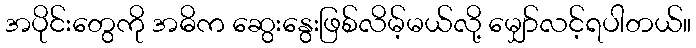
အပိုင်းတွေကို အဓိက ဆွေးနွေးဖြစ်လိမ့်မယ်လို့ မျှော်လင့်ရပါတယ်။